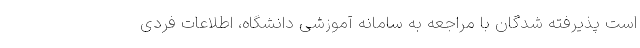
است پذیرفته ­شدگان با مراجعه به سامانه آموزشی دانشگاه، اطلاعات فردی